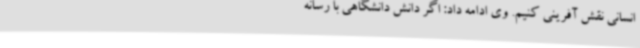
انسانی نقش‌ آفرینی کنیم. وی ادامه داد: اگر دانش دانشگاهی با رسانه